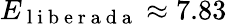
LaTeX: E_{\mathrm{~l~i~b~e~r~a~d~a~}}\approx 7.83